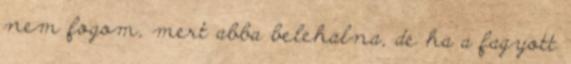
nem fogom, mert abba belehalna, de ha a fagyott